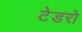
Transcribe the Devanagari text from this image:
टेडरो